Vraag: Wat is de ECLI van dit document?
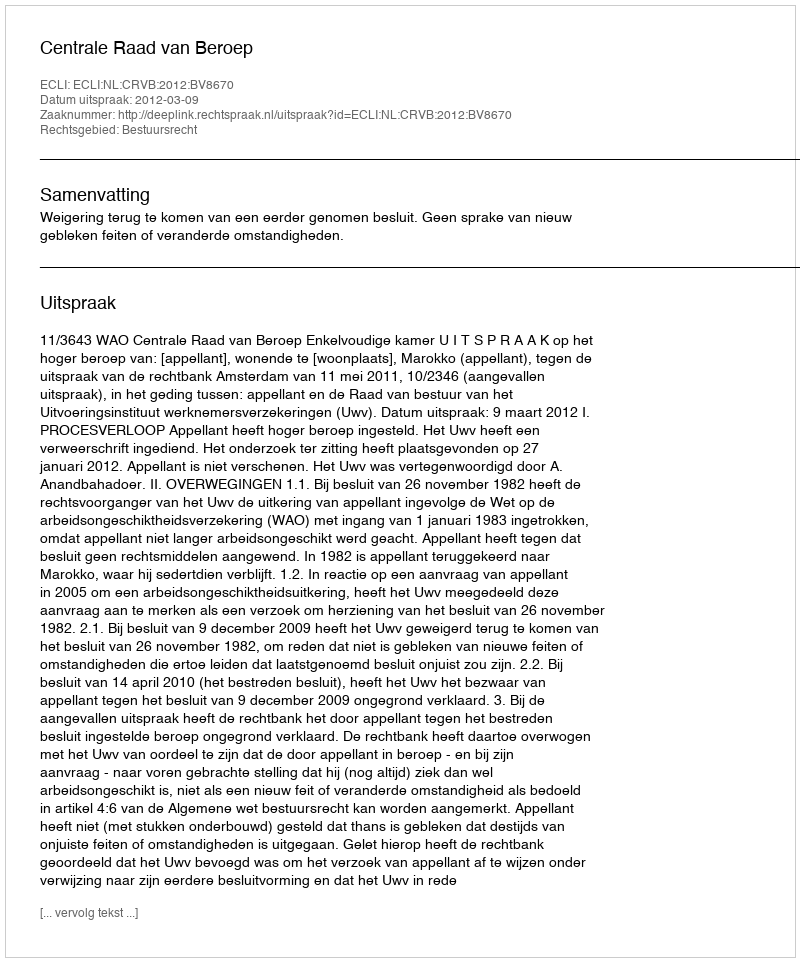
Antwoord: ECLI:NL:CRVB:2012:BV8670